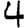
Digit: 4